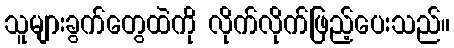
သူများခွက်တွေထဲကို လိုက်လိုက်ဖြည့်ပေးသည်။